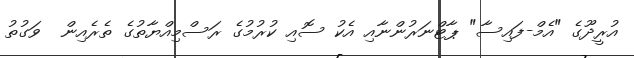
އުރީދޫގެ "އެމް-ފައިސާ" ޕާޓްނަރުންނާއި އެކު ސޮއި ކުރުމުގެ ރަސްމިއްޔާތުގެ ތެރެއިން  ވަގުތު